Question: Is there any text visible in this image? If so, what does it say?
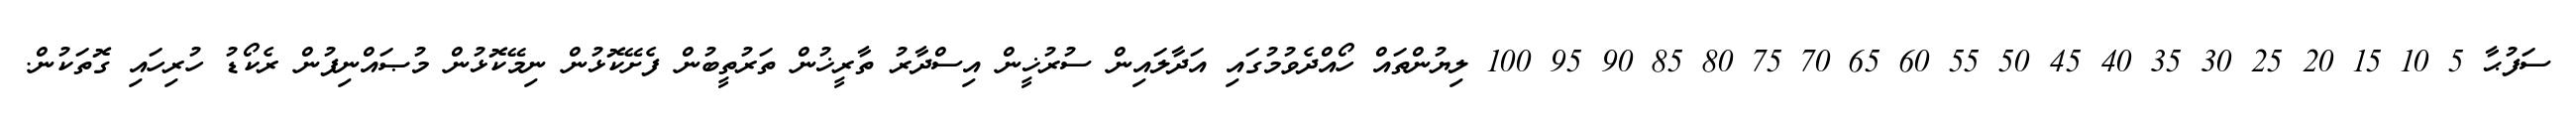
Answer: ސަފުޙާ 5 10 15 20 25 30 35 40 45 50 55 60 65 70 75 80 85 90 95 100 ލިޔުންތައް ހޯއްދެވުމުގައި އަދާލައިން ސުރުޚީން އިސްދާރު ތާރީޚުން ތަރުތީބުން ފެށޭކޮޅުން ނިމޭކޮޅުން މުޞައްނިފުން ރެކޯޑު ހުރިހައި ގޮތަކުން.